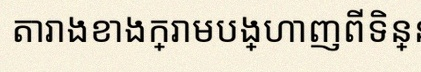
តារាងខាងក្រោមបង្ហាញពីទិន្នន័យ